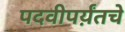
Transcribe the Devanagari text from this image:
पदवीपर्य़ंतचे